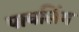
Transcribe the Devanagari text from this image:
पावलिंग